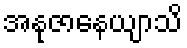
အနုဇာနေယျာသိ